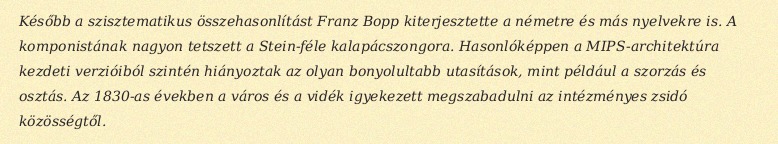
Később a szisztematikus összehasonlítást Franz Bopp kiterjesztette a németre és más nyelvekre is. A komponistának nagyon tetszett a Stein-féle kalapácszongora. Hasonlóképpen a MIPS-architektúra kezdeti verzióiból szintén hiányoztak az olyan bonyolultabb utasítások, mint például a szorzás és osztás. Az 1830-as években a város és a vidék igyekezett megszabadulni az intézményes zsidó közösségtől.